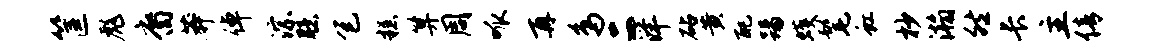
筐彪裔莽倬淙臆包糕算周呱再鸟二洋砧黄配踢蠖髦虹杪瀚然长主倩